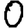
Digit: 0